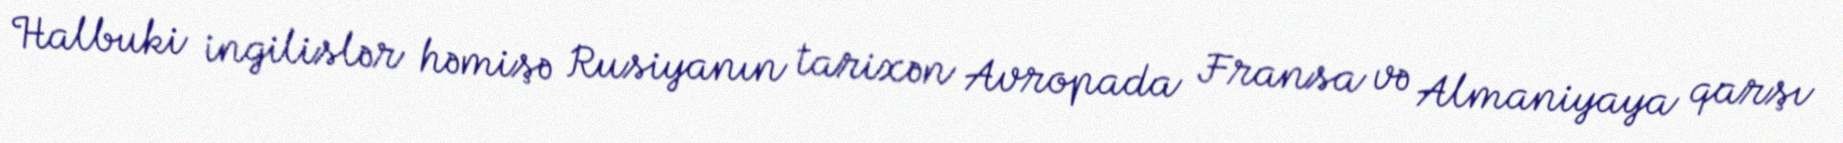
Halbuki ingilislər həmişə Rusiyanın tarixən Avropada Fransa və Almaniyaya qarşı